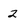
Character: 2